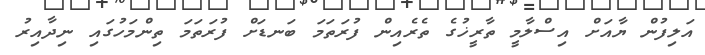
އަލިފުން ޔާއަށް އިސްލާމީ ތާރީޚުގެ ތެރެއިން ފުރަތަމަ ބަނޑަށް ފުރަތަމަ ތިންމަހުގައި ނިދާއިރު